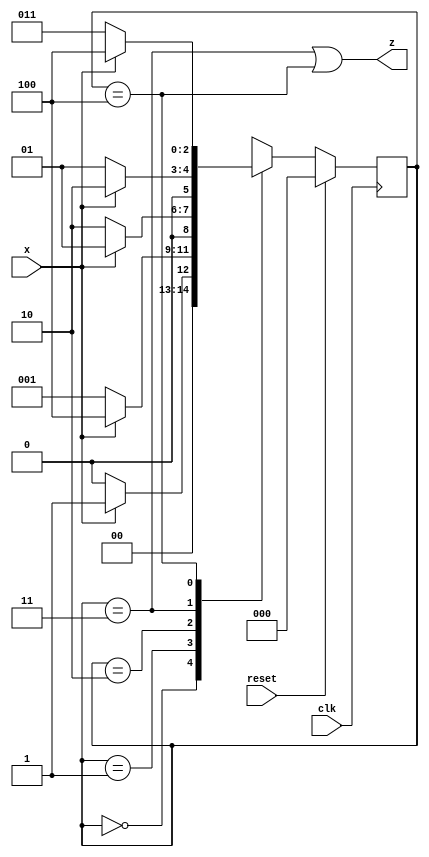
module top_module (
    input clk,
    input reset,   // Synchronous reset
    input x,
    output z
);

    //-------------Internal Constants-----------------
    parameter S0=0, S1=1, S2=2, S3=3, S4=4;  // States 

    //-------------Internal Variables-----------------
    reg [2:0] state, next_state;    //Used one hot encoding, 3 state bits required for 5 states.

    // State transition logic - Combinational Logic
    always @(*) begin
        case(state)
            S0 : next_state = x ? S1 : S0;
            S1 : next_state = x ? S4 : S1;
            S2 : next_state = x ? S1 : S2;
            S3 : next_state = x ? S2 : S1;
            S4 : next_state = x ? S4 : S3;
            default : next_state = 3'bxxx;
        endcase
    end

    // Current state logic - Sequential Logic
    always @(posedge clk) begin
    // State flip-flops with asynchronous / synchronous reset
        if(reset)
            state <= S0;
        else
            state <= next_state;
    end

    // Output logic - Combinational output logic
    assign z =(state == S3) || (state == S4);    
    
endmodule